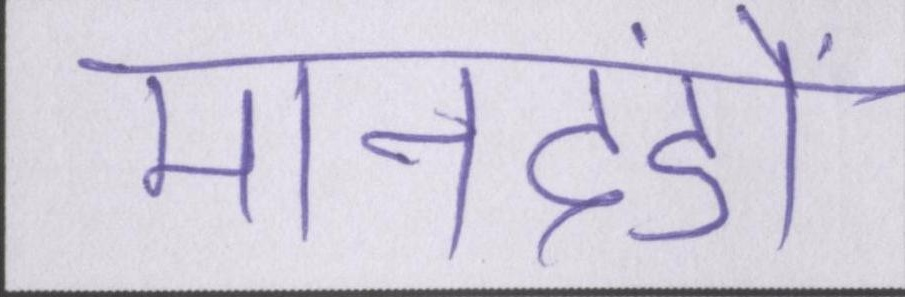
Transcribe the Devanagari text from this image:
मानदंडों